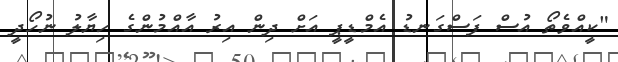
"ކީއްވެތޯ އުސް ފަސްގަނޑު އެމްޑީޕީ އަށް ދިން އިރު އާއްމުންގެ ހިޔާލު ނުހޯދީ